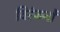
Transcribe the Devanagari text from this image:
विरंजनों